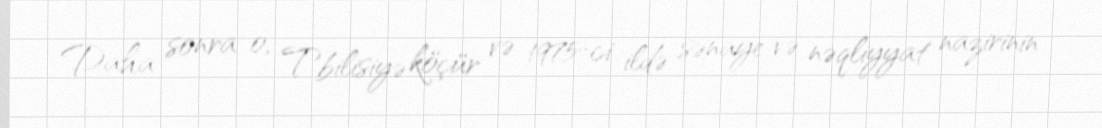
Daha sonra o, Tbilisiyə köçür və 1975-ci ildə sənaye və nəqliyyat nazirinin